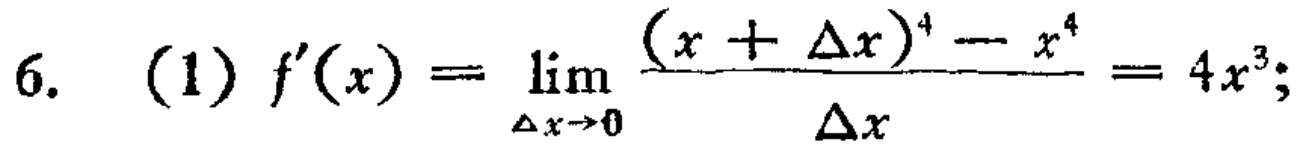
6. (1) \(f^{\prime}(x)=\lim_{\Delta x \to 0} \frac{(x + \Delta x)^{4}-x^{4}}{\Delta x}=4x^{3}\);